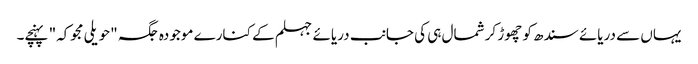
یہاں سے دریائے سندھ کو چھوڑ کر شمال ہی کی جانب دریائے جہلم کے کنارے موجودہ جگہ "حویلی مجوکہ" پہنچے۔